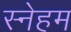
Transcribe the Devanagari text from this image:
स्नेहम